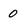
Character: 0